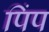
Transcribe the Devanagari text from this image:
पिंप